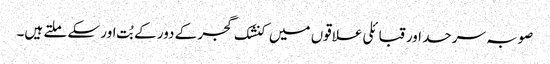
صوبہ سرحد اور قبائلی علاقوں میں کنشک گجر کے دور کے بُت اور سکے ملتے ہیں۔